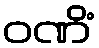
ဝဏိံ